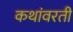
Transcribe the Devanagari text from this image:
कथांवरती